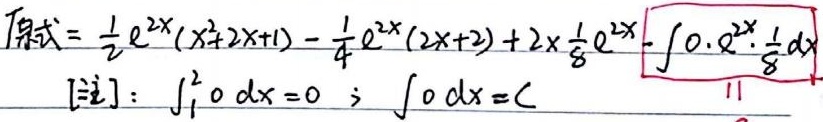
原式\(=\frac{1}{2}e^{2x}(x^{2}+2x + 1)-\frac{1}{4}e^{2x}(2x + 2)+2\times\frac{1}{8}e^{2x}-\int0\cdot e^{2x}\cdot\frac{1}{8}dx\)

[注]：\(\int_{1}^{2}0\ dx = 0\)；\(\int0\ dx = C\)